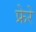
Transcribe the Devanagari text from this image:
फ्रेरे